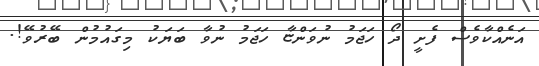
އަނެއްކާވެސް ފެށީ ދޯ ހަޖަމު ނުވަންޏާ ހަޖަމު ނުވާ ބަޔަކު މިގައުމުން ބޭރުވޭ!.